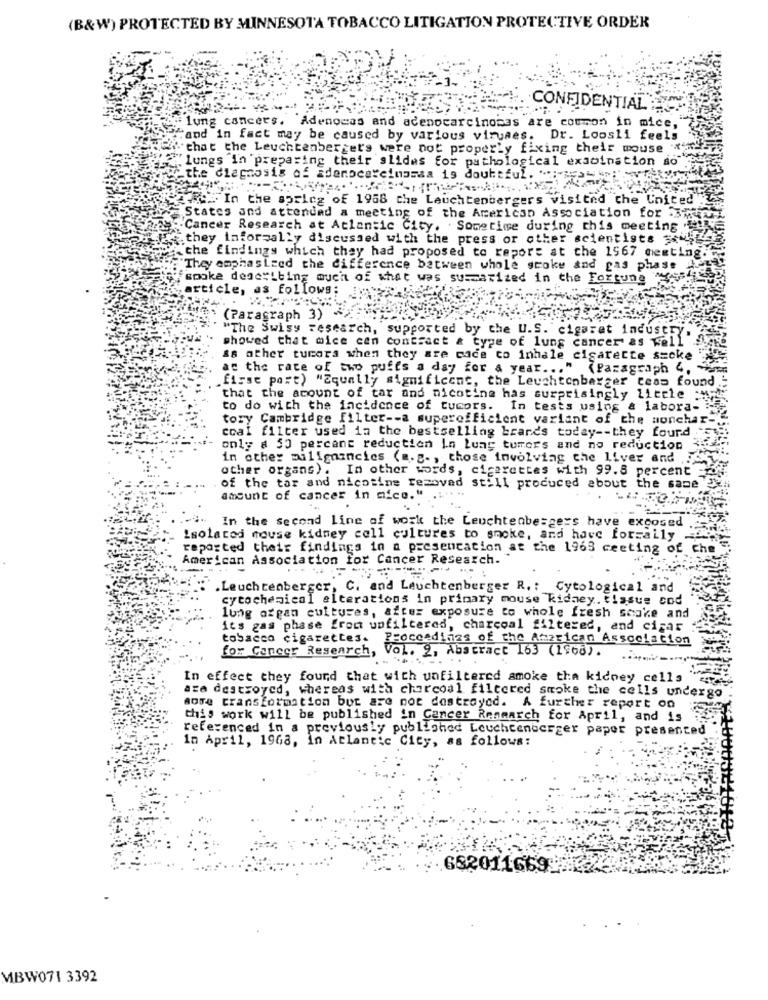
(B&W) PROTECTED BY MINNESOTA TOBACCO LITIGATION PROTECTIVE ORDER
CONFIDENTIAL -
lung cancers. Adenocas and adenocarcinomas are common in mice,
Hand in fact may be caused by various viruses. Dr. Loosli feels
that the Leuchtenberger's were not properly fixing their mouse
.lungs in preparing their slides for pathological examination so"
the diagnosis of adenocarcinomaa is doubtful. **;-;
de. In the aprleg of 1958 che Leuchtenbergers visited the United
States and attended a meeting of the American Association for :344
"Cancer Research at Atlantic City. Sometime during this meeting
they informally discussed with the press or other scientists $ best
the findings which they had proposed to report at che 1567 nesting.
They emphas Leed the difference between whole groke and gas phase
smoke describing much of what was summarized in the Fortuna Most
article, as follows:
(Paragraph 3)
"The Swisy research, supported by the U.S. cigaret industry,
showed that mice cen contract & type of lung cancer as well
ss other tumors when they are cace to inhale cigarette smoke
at the rate of two puffs a day for a year ... " (Paragraph 4.
.first port) "Equally significant, the Leuchtenbarger Ceas found
that the amount of tar and nicotine has surprisingly little .w :!
to do with the incidence of tumors. In tests using & labora-
tory Cambridge filter -- a superefficient variant of the monchar-
coal filter used in the bestselling brands today -- they found
only a 50 percane reduction In Lung tumors and no reduction
in other milignancies (m.g ., those involving che liver and
other organs). In other words, cigarettes with 99.8 percent :
of the tar and nicotine removed still produced about the same
amount of cancer in mice." .
In the second line of work the Leuchtenbe=gers have excosed
Isolated mouse kidney cell cultures to smoke, and have forzaily
reported their findings in a presentation at the 1963 ceeting of che
American Association for Cancer Research. "
: :
Leuchtenberger, C. and Leuchtenberger R. : Cytological and
cytochemical alterations in primary mouse kidney. tissus cod
lung organ cultures, after exposure to whole fresh smoke and
it's gas phase from unfiltered, charcoal filtered, and cigar
tobacco cigarettes. Proceedings of the American Association
for Cancer Research, Vol. 2, Abstract 163 (1968).
In effect they found that with unfiltered smoke tha kidney cells
are destroyed, whereas with charcoal filtered smoke the cells undergo
more transformation but are not destroyed. A further report on
this work will be published in Cancer Research for April, and is
referenced in a previously published Leuchtenberger paper presented
In April, 1968, in Atlantic City, as follows:
GS20116699
MBW071 3392